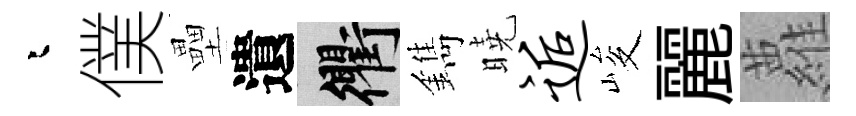
迢僕壘遺衢鐫曉逅峻麗蘿